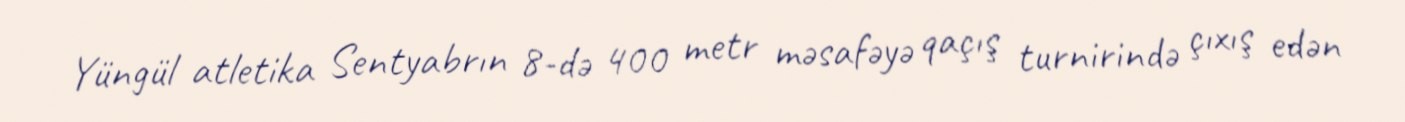
Yüngül atletika Sentyabrın 8-də 400 metr məsafəyə qaçış turnirində çıxış edən